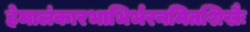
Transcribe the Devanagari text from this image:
हेमालंकारभाभिर्भरनमितशिखैः